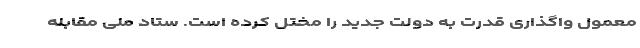
معمول واگذاری قدرت به دولت جدید را مختل کرده است. ستاد ملی مقابله